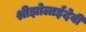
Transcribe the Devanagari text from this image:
श्रीझोलाईदेवी